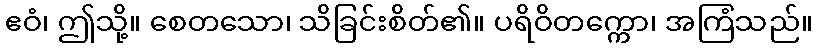
ဧဝံ၊ ဤသို့။ စေတသော၊ သိခြင်းစိတ်၏။ ပရိဝိတက္ကော၊ အကြံသည်။